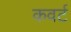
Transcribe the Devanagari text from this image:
कवर्ट